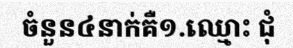
ចំនួន៤នាក់គឺ១.ឈ្មោះ ជុំ